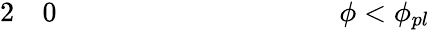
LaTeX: \begin{array}{rl}{{2}}&{{}0\quad\quad\quad\quad\quad\quad\quad\quad\quad\quad\phi<\phi_{pl}}\end{array}